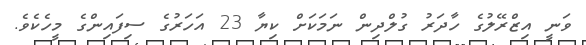
ވަނީ އިޒްރޭލުގެ ހާދަރު ގުލްދިން ނަމަކަށް ކިޔާ 23 އަހަރުގެ ސިފައިންގެ މީހެކެވެ.